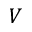
V